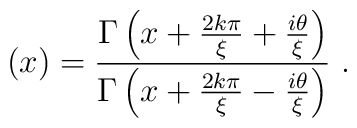
\left(x\right)=\frac{\Gamma\left(x+\frac{2k\pi}{\xi}+\frac{i\theta}{\xi}\right)}{\Gamma\left(x+\frac{2k\pi}{\xi}-\frac{i\theta}{\xi}\right)}\ .